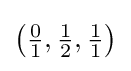
{\bigl (}{\tfrac {0}{1}},{\tfrac {1}{2}},{\tfrac {1}{1}}{\bigr )}